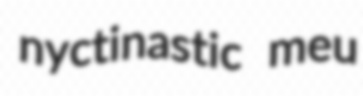
nyctinastic meu